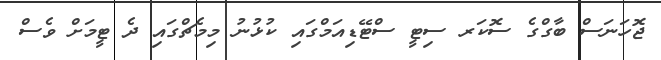
ޖޮހަނަސް ބާގްގެ ސޮކަރ ސިޓީ ސްޓޭޑިއަމްގައި ކުޅުނު މިމެޗްގައި ދެ ޓީމަށް ވެސް